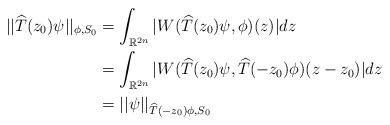
LaTeX: \begin{align*}||\widehat{T}(z_{0})\psi||_{\phi,S_{0}} & =\int_{\mathbb{R}^{2n}}|W(\widehat{T}(z_{0})\psi,\phi)(z)|dz\\& =\int_{\mathbb{R}^{2n}}|W(\widehat{T}(z_{0})\psi,\widehat{T}(-z_{0})\phi)(z-z_{0})|dz\\& =||\psi||_{\widehat{T}(-z_{0})\phi,S_{0}}\end{align*}